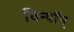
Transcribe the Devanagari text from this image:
विन्यॉन्